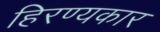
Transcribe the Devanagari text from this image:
हिरण्यकार